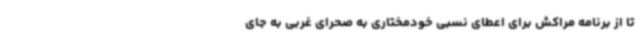
تا از برنامه مراکش برای اعطای نسبی خودمختاری به صحرای غربی به جای